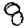
Digit: 8